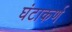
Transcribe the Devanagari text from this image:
घंटाकर्ण